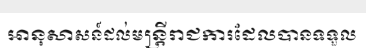
អានុសាសន៍ដល់មន្ត្រីរាជការដែលបានទទួល